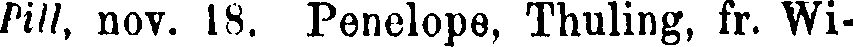
Pill, nov. 18. Penelope, Thuling, fr. Wi-